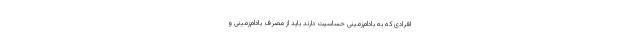
افرادی که به بادام‌زمینی حساسیت دارند باید از مصرف بادام‌زمینی و